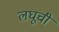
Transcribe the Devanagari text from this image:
लघूची